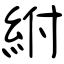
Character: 紨